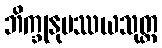
ဘိက္ခုနုပဿယသုတ္တ